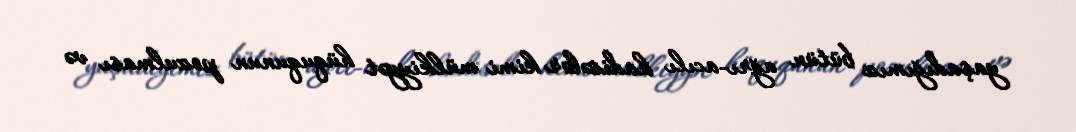
yaşadığımız bütün ağrı-acılı hadisələr kimi mülkiyyət hüququnun pozulması və